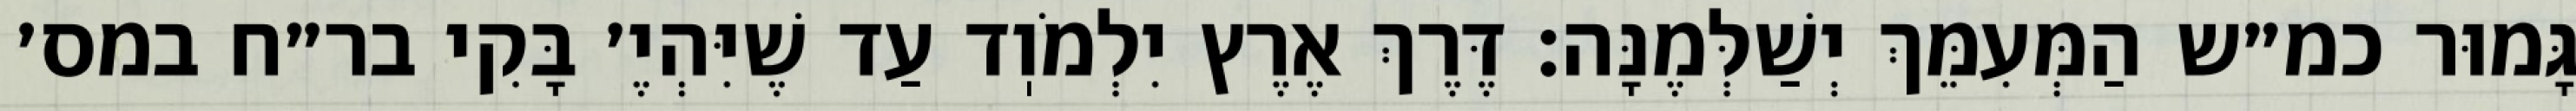
גָּמוּר כמ״ש הַמְּעִמֵּךְ יְשַׁלְּמֶנָּה: דֶּרֶךְ אֶרֶץ יִלְמֹוֽד עַד שֶׁיִּהְיֶ׳ בָּקִי בר״ח במס׳